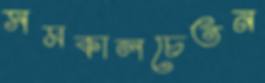
সমকালচেতন